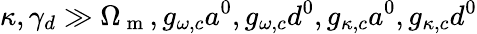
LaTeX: \kappa,\gamma_{d}\gg\Omega_{\mathrm{~m~}},g_{\omega,c}a^{0},g_{\omega,c}d^{0},g_{\kappa,c}a^{0},g_{\kappa,c}d^{0}